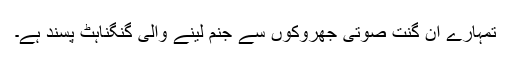
تمہارے ان گنت صوتی جھروکوں سے جنم لینے والی گنگناہٹ پسند ہے۔